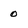
Character: 0